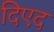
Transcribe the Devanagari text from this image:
दिएद